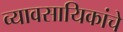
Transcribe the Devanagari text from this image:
व्यावसायिकांचे